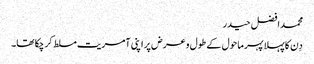
محمد افضل حیدر
دِن کا پہلا پہر ماحول کے طول و عرض پر اپنی آمریت مسلط کر چکا تھا۔